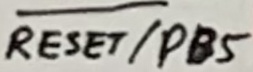
Text: RESET/PB5